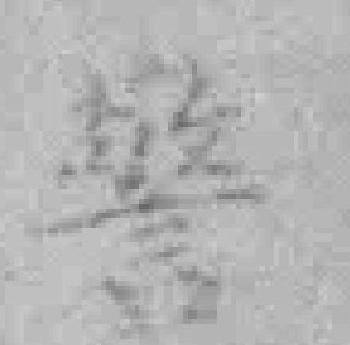
警